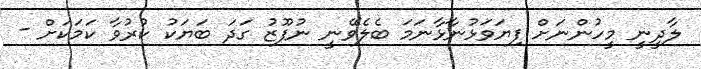
ލާދީނީ މީހުންނަށް ފިޔަވަޅުނާޅާނަމަ ބެލެވޭނީ ނުފޫޒު ގަދަ ބަޔަކު ކުރުވާ ކަމަކަށް -